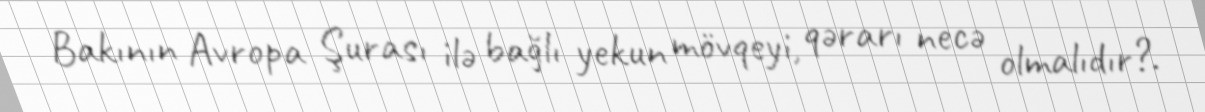
Bakının Avropa Şurası ilə bağlı yekun mövqeyi, qərarı necə olmalıdır?.